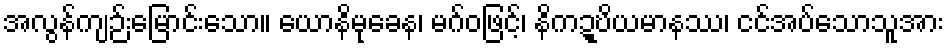
အလွန်ကျဉ်းမြောင်းသော။ ယောနိမုခေန၊ မဂ်ဝဖြင့်၊ နိကဍ္ဎိယမာနဿ၊ ငင်အပ်သောသူအား